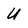
Character: U